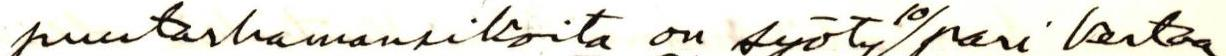
puutarhamansikoita on syöty 10/pari kertaa